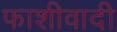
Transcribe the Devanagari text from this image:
फाशीवादी